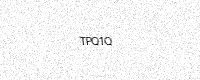
Text: TPQ1Q